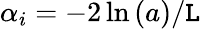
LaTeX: \alpha_{i}=-2\ln{(a)}/\mathtt{L}